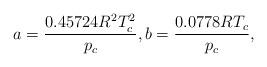
LaTeX: \begin{align*}a = \frac{{0.45724{R^2}T_c^2}}{{{p_c}}},b = \frac{{0.0778R{T_c}}}{{{p_c}}},\end{align*}